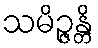
သမိဉ္ဇန္တိ